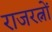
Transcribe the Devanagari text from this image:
राजरत्नों